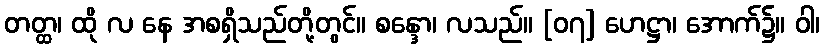
တတ္ထ၊ ထို လ နေ အစရှိသည်တို့တွင်။ စန္ဒော၊ လသည်။ [၀၇] ဟေဋ္ဌာ၊ အောက်၌။ ဝါ၊